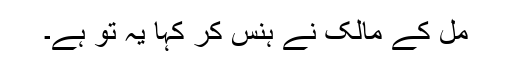
مل کے مالک نے ہنس کر کہا یہ تو ہے۔